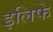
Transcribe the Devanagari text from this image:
इलिफे